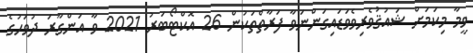
ވީމާ މިކަމަށް ޝައުޤުވެރިވެވަޑައިގަންނަވާ ފަރާތްތަކުން 26 އޮކްޓޯބަރު 2021 ވާ އަންގާރަ ދުވަހުގެ